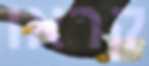
קראו